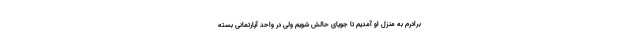
برادرم به منزل او آمدیم تا جویای حالش شویم ولی در واحد آپارتمانی بسته